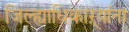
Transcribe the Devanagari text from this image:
जिल्ह्याधिकाऱ्यांना